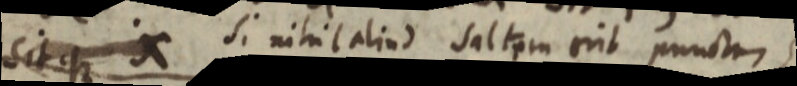
sitque X si nihil aliud saltem erit punctum